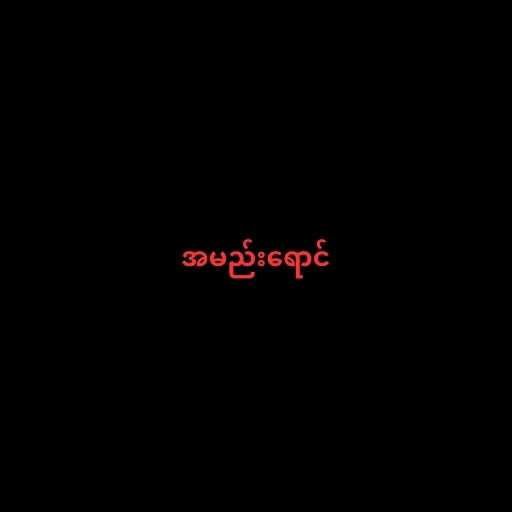
အမည်းရောင်